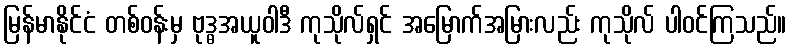
မြန်မာနိုင်ငံ တစ်ဝန်းမှ ဗုဒ္ဓအယူဝါဒီ ကုသိုလ်ရှင် အမြောက်အမြားလည်း ကုသိုလ် ပါဝင်ကြသည်။